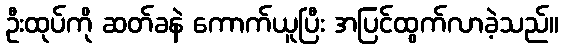
ဦးထုပ်ကို ဆတ်ခနဲ ကောက်ယူပြီး အပြင်ထွက်လာခဲ့သည်။